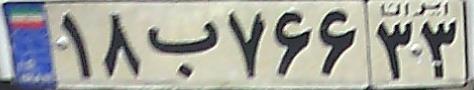
۱۸ب۷۶۶۳۳